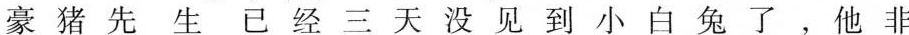
豪猪先生已经三天没见到小白兔了，他非